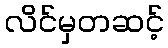
လိင်မှတဆင့်